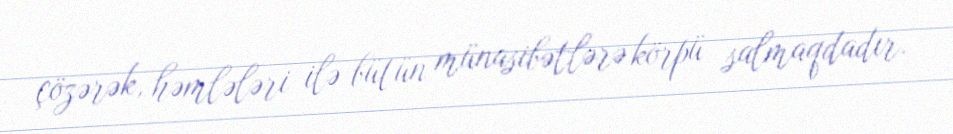
çözərək, həmlələri ilə bütün münasibətlərə körpü salmaqdadır.